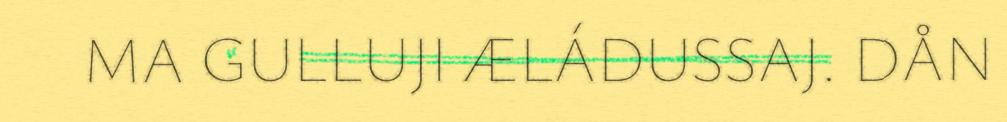
MA GULLUJI ÆLÁDUSSAJ. DÅN